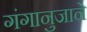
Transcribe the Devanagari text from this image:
गंगानुजाने